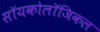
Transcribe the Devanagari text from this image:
सॉयकोलॉजिकल